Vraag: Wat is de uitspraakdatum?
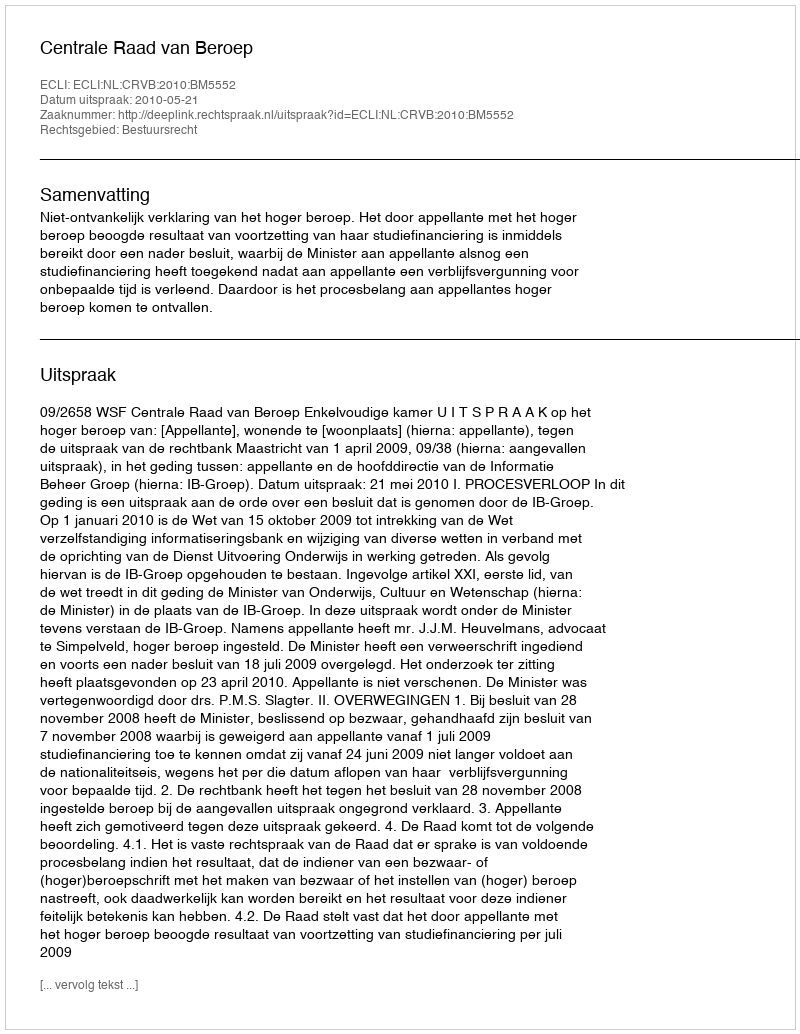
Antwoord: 2010-05-21